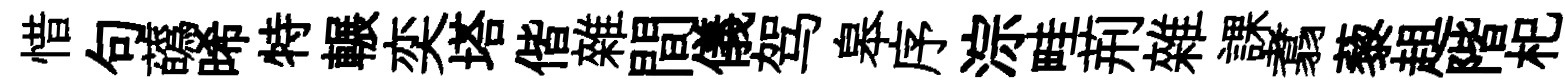
惜句蘤晞特輾奕塔偕雜間儀驾皋序淙畦荊雜課翥藜趄階𣏌